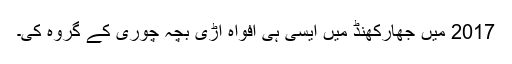
2017 میں جھارکھنڈ میں ایسی ہی افواہ اڑی بچہ چوری کے گروہ کی۔